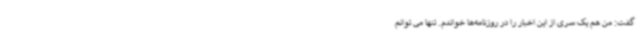
گفت: من هم یک سری از این اخبار را در روزنامه‌ها خواندم. تنها می توانم